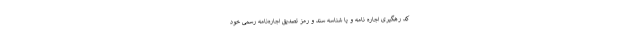
کد رهگیری اجاره نامه و یا شناسه سند و رمز تصدیق اجاره‌نامه رسمی خود